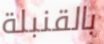
بالقنبلة